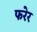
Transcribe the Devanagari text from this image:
फरेर